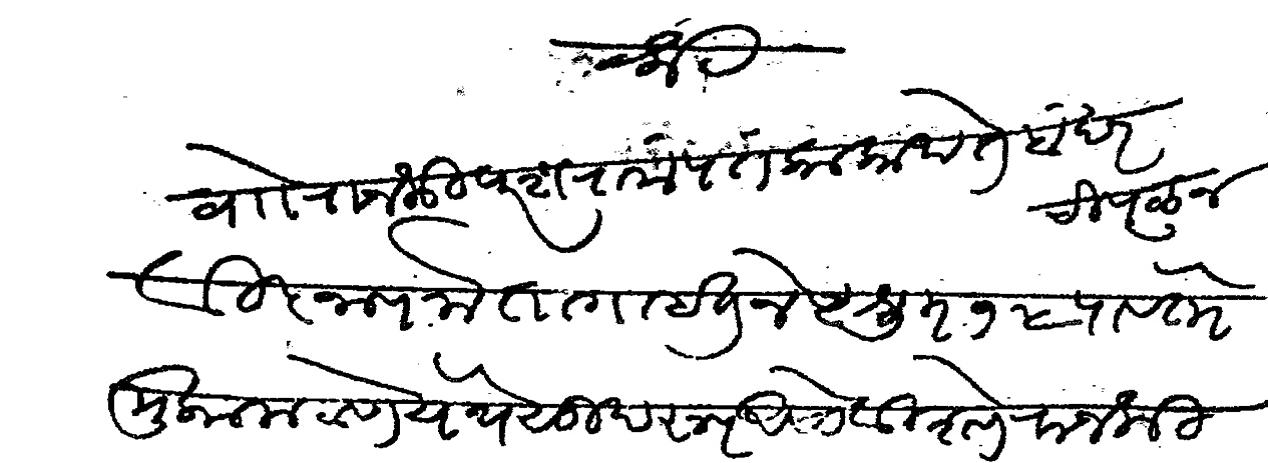
Transliteration (Devanagari): वेदमूर्ति राजश्री परशरामपंत काका थते बंदर चिपळूण विज्ञापना तागाइत जेष्ट शु १५ पावेतो मुकाम ठाणे येथे सुखरूप असो विशेष राजश्री